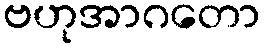
ဗဟုအာဂတော